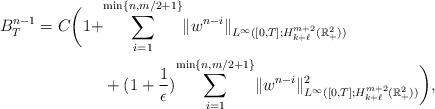
LaTeX: \begin{align*}B^{n-1}_T=C\bigg(1+&{ \sum\limits_{i=1}^{\min\{n, {m}/{2} +1\}}}\|w^{n-i}\|_{L^\infty([0, T]; H^{m+2}_{k+\ell}(\mathbb{R}^2_+))}\\&+(1+\frac{1}{\epsilon} ) { \sum\limits_{i=1}^{\min\{n, {m}/{2} +1\}}}\|w^{n-i}\|^2_{L^\infty([0, T]; H^{m+2}_{k+\ell}(\mathbb{R}^2_+))} \bigg),\end{align*}